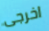
اخرجى